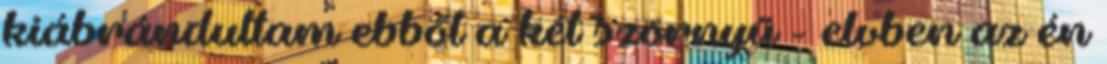
kiábrándultam ebből a két szörnyű - elvben az én